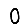
Digit: 0